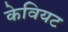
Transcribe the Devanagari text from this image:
केवियट